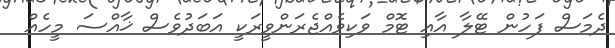
ދެމަސް ފަހުން ޓޭލާ އާއި ޓޮމް ވަކިވެއްޖެރަންވީރަކީ އަބަދުވެސް ޚާއްސަ މީހެއް